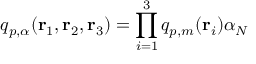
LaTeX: q _ { p , { \alpha } } ( { \bf r } _ { 1 } , { \bf r } _ { 2 } , { \bf r } _ { 3 } ) = \prod _ { i = 1 } ^ { 3 } q _ { p , m } ( { \bf r } _ { i } ) { \alpha } _ { N }